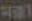
Heat